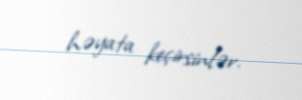
həyata keçirsinlər.